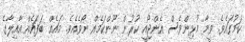
ކަމުގައެވެ. ވީމާ މުޅިންވެސް އެންޖޯއީ ކުރުން ނޫންކަމެއް ނޯވެއެވެ. މައެއް ބަފައެއް އާއިލާގެ